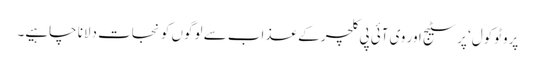
پروٹوکول‘ پرسٹیج اور وی آئی پی کلچر کے عذاب سے لوگوں کو نجات دلانا چاہیے۔